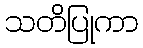
သတိပြုကာ